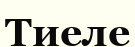
Тиеле